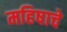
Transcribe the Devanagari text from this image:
महिषाचे